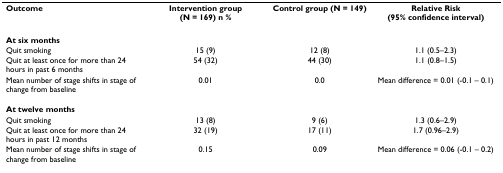
| Outcome | Intervention group (N = 169) n % | Control group (N = 149) | Relative Risk (95% confidence interval) |
 | --- | --- | --- | --- |
 | At six months |  |  |  |
 | Quit smoking | 15 (9) | 12 (8) | 1.1 (0.5–2.3) |
 | Quit at least once for more than 24 hours in past 6 months | 54 (32) | 44 (30) | 1.1 (0.8–1.5) |
 | Mean number of stage shifts in stage of change from baseline | 0.01 | 0.0 | Mean difference = 0.01 (-0.1 – 0.1) |
 | At twelve months |  |  |  |
 | Quit smoking | 13 (8) | 9 (6) | 1.3 (0.6–2.9) |
 | Quit at least once for more than 24 hours in past 12 months | 32 (19) | 17 (11) | 1.7 (0.96–2.9) |
 | Mean number of stage shifts in stage of change from baseline | 0.15 | 0.09 | Mean difference = 0.06 (-0.1 – 0.2) |